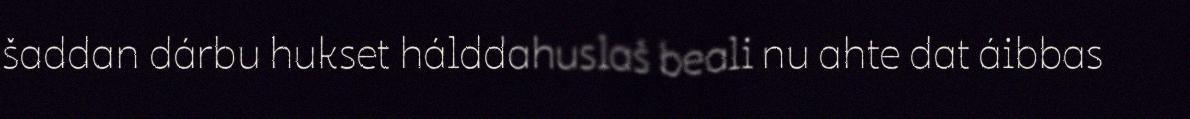
šaddan dárbu hukset hálddahuslaš beali nu ahte dat áibbas